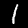
Digit: 1